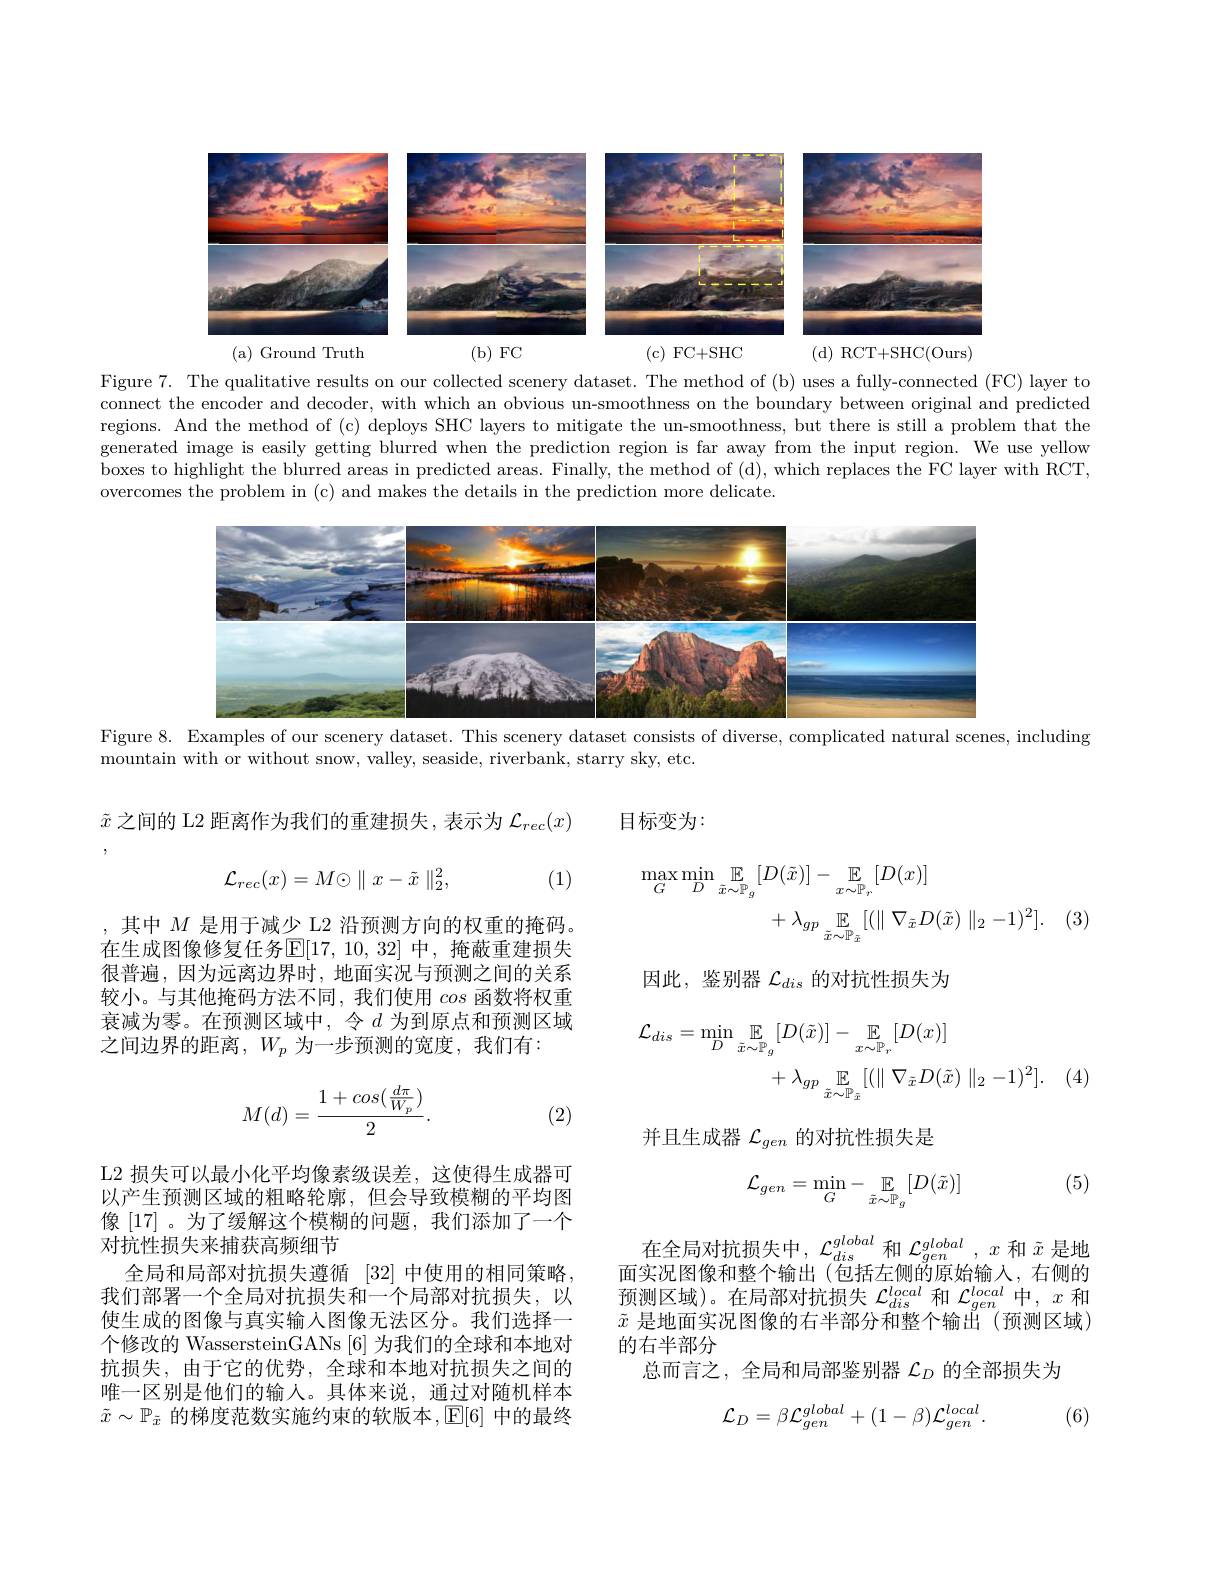
<FigureHere>

Figure 7. The qualitative results on our collected scenery dataset. The method of (b) uses a fully-connected (FC) layer to connect the encoder and decoder, with which an obvious un-smoothness on the boundary between original and predicted regions. And the method of (c) deploys SHC layers to mitigate the un-smoothness, but there is still a problem that the generated image is easily getting blurred when the prediction region is far away from the input region. We use yellow boxes to highlight the blurred areas in predicted areas. Finally, the method of (d), which replaces the FC layer with RCT, overcomes the problem in (c) and makes the details in the prediction more delicate.

<FigureHere>

Figure 8. Examples of our scenery dataset. This scenery dataset consists of diverse, complicated natural scenes, including

mountain with or without snow, valley, seaside, riverbank, starry sky, etc.

$\tilde{x}$之间的 L2 距离作为我们的重建损失，表示为$\mathcal{L}_{rec}(x)$ 目标变为：

(1)
$$\mathcal{L}_{rec}(x)=M\odot\parallel x-\tilde{x}\parallel_2^2,$$
$$\begin{aligned}\operatorname*{max}_{G}\operatorname*{min}_{D}\mathbb{E}_{\tilde{x}\sim\mathbb{P}_{g}}[D(\tilde{x})]&-\mathbb{E}_{x\sim\mathbb{P}_{r}}[D(x)]\\&+\lambda_{gp}\mathbb{E}_{\tilde{x}\sim\mathbb{P}_{\tilde{x}}}[(\parallel\nabla_{\tilde{x}}D(\tilde{x})\parallel_{2}-1)^{2}].\end{aligned}$$
因此，鉴别器$\mathcal{L}_dis$的对抗性损失为

,其中$M$是用于减少 L2 沿预测方向的权重的掩码。在生成图像修复任务$\mathbb{E}[17,10,32]$ 中，掩蔽重建损失很普遍，因为远离边界时，地面实况与预测之间的关系较小。与其他掩码方法不同，我们使用cos函数将权重衰减为零。在预测区域中，令$d$ 为到原点和预测区域之间边界的距离，$W_p$为一步预测的宽度，我们有：
$$\begin{aligned}\mathcal{L}_{dis}&=\operatorname*{min}_{D}\mathbb{E}_{\tilde{x}\sim\mathbb{P}_{g}}[D(\tilde{x})]-\mathbb{E}_{x\sim\mathbb{P}_{r}}[D(x)]\\&+\lambda_{gp}\mathbb{E}_{\tilde{x}\sim\mathbb{P}_{\tilde{x}}}[(\parallel\nabla_{\tilde{x}}D(\tilde{x})\parallel_{2}-1)^{2}].\end{aligned}$$
$$M(d)=\frac{1+cos(\frac{d\pi}{W_p})}{2}.$$
(2)

并且生成器$\mathcal{L}_gen$的对抗性损失是

(5)
$$\mathcal{L}_{gen}=\min_{G}-\mathbb{E}_{\tilde{x}\sim\mathbb{P}_{g}}[D(\tilde{x})]$$
L2 损失可以最小化平均像素级误差，这使得生成器可以产生预测区域的粗略轮廓，但会导致模糊的平均图像[17]。为了缓解这个模糊的问题，我们添加了一个对抗性损失来捕获高频细节
全局和局部对抗损失遵循[32]中使用的相同策略， 我们部署一个全局对抗损失和一个局部对抗损失，以使生成的图像与真实输入图像无法区分。我们选择一个修改的 WassersteinGANs [6] 为我们的全球和本地对抗损失，由于它的优势，全球和本地对抗损失之间的唯一区别是他们的输入。具体来说，通过对随机样本$\tilde{x}\sim\mathbb{P}_{\tilde{x}}$ 的梯度范数实施约束的软版本，E[6] 中的最终

在全局对抗损失中，$\mathcal{L}_dis^{global}$和$\mathcal{L}_gen^{global},x$和$\tilde{x}$是地面实况图像和整个输出(包括左侧的原始输入，右侧的预测区域)。在局部对抗损失$\mathcal{L}_dis^{local}$和$\mathcal{L}_gen^{local}$中，$x$和$\tilde{x}$是地面实况图像的右半部分和整个输出(预测区域) 的右半部分
总而言之，全局和局部鉴别器$\mathcal{L}_D$的全部损失为

(6)
$$\mathcal{L}_{D}=\beta\mathcal{L}_{gen}^{global}+(1-\beta)\mathcal{L}_{gen}^{local}.$$